Report on horse surra - Volume II, Part II
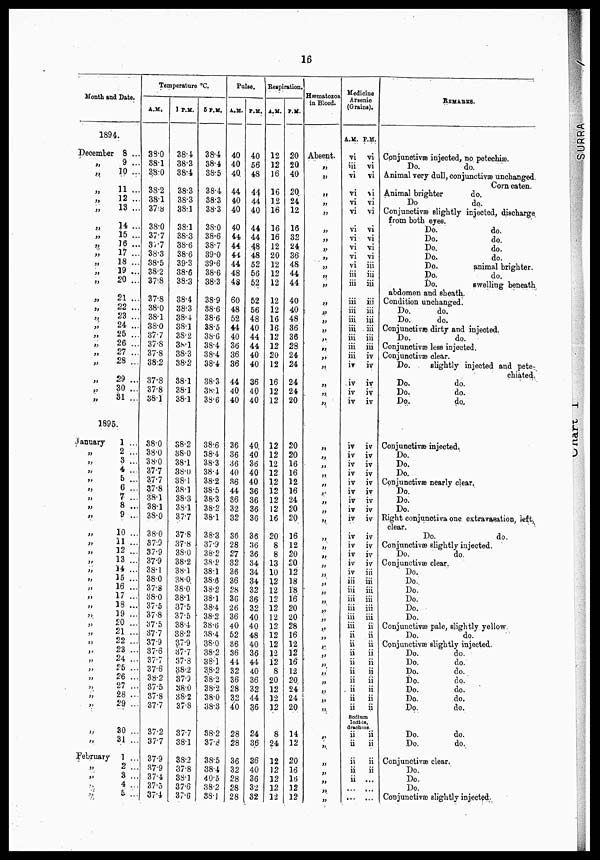
16
Month and Date.
1894.
December
"
"
"
"
"
"
"
"
"
"
"
"
"
"
"
"
"
"
"
"
"
"
"
8 ...
9 ...
10 ...
11 ...
12 ...
18 ...
14 ...
15 ...
16 ...
17 ...
18 ...
19 ...
20 ...
21 ...
22 ...
23 ...
24 ...
25 ...
26 ...
27 ...
28 ...
29 ...
30 ...
81 ...
1895.
January
"
"
"
"
"
"
"
"
"
"
"
"
"
"
"
"
"
"
"
"
"
"
"
"
"
"
"
"
"
"
February
"
"
"
"
1 ...
2 ...
3 ...
4 ...
5 ...
6 ...
7 ...
8 ...
9 ...
10 ...
11 ...
12 ...
13 ...
14 ...
15 ...
16 ...
17 ...
18 ...
19 ..
20 ..
21 ..
22 ..
23 ..
24 ..
25 ..
26 ..
27 ..
28 ..
29 ..
30 ..
31 ..
1 .
2 .
3...
4 .
5.. .
Temperature °C.
A.M.
38.0
88.1
38.0
38.2
38.1
37.8
38.0
37.7
S7.7
38.3
38.5
38.2
37.8
37.8
38.0
38.1
38.0
37.7
37.8
37.8
38.2
37.8
37.8
38.1
38.0
38.0
38.0
37.7
37.7
37.8
38.1
38.1
38.0
38.0
37.9
37.9
37.9
38.1
38.0
37.8
38.0
37.5
37.8
37.5
37.7
37.9
37.6
37.7
37.6
38.2
37.5
37.8
37.7
37.2
37.7
37.9
37.9
37.4
37.5
37.4
1P.M.
38.4
38.3
38.4
38.3
38.3
38.1
38.1
38.3
38.6
38.6
39.3
38.6
38.3
38.4
38.3
38.4
38.1
38.2
38.1
38.3
38.2
38.1
38.1
38.1
38.2
38.0
38.1
38.0
38.1
38.1
38.3
38.1
37.7
37.8
37.8
38.0
38.2
38.1
38.0.
38.0.
38.1
37.5
37.5
38.4
38.2
37.9
37.7
37.8
38.2
37.9
38.0
38.2
37.8
37.7
38.1
38.2
37.8
38.1
37.6
37.6
38.4
38.4
38.5
38.4
38.3
38.3
38.0
38.6
38.7
39.0
39.6
38.6
38.3
38.9
38.6
38.6
38.5
38.6
38.4
38.4
38.4
38.3
38.1
38.6
38.6
38.4
38.3
38.4
38.2
88.5
38.3
38.2
38.1
38.3
37.9
38.2
3S.2
38.1
38.6
38.2
38.1
38.4
38.2
38.6
38.4
38.0
38.2
38.1
38.2
38.2
38.2
38.0
38.3
38.2
37.8
38.5
38.4
40.5
38.2
38.1
Pulse.
A. M.
40
40
40.
44
40
40
40
44
44
44
44
48
48
60
48
52
44
40
36
36
36
44
40
40
36
36
36
40
36
44
36
32
32
36
28
27
32
36
36
28
36
26
36
40
52
86
36
44
32
36
28
32
40
28
28
36
32
28
28
28
P.M.
40
56
48
44
44
40
44
44
48
48
52
56
52
52
56
48
40
44
44
40
40
36
40
40
40,
40
36
40
40
36
36
36
36
36
36
36
34
34
34
32
36
32
40
40
48
40
36
44
40
36
32
44
36
24
36
36
40
36
32
32
Respiration.
A. M.
12
12
16
16
12
16
16
16
12
20
12
12
12
12
12
16
16
12
12
20
12
16
12
12
12
12
12
12
12
12
12
12
16
20
8
8
13
10
12
12
12
12
12
12
12
12
12
12
8
20
12
12
12
8
24
12
12
12
12
12
P.M.
20
20
40
20
24
12
16
32
24
36
48
44
44
40
40
48
36
36
28
24
24
24
24
20
20
20
16
16
12
16
24
20
20
16
12
20
20
12
18
18
16
20
20
28
16
12
12
16
12
20
24
24
20
14
12
20
16
16
12
12
Hæmatozoa
in Blood.
Absent.
"
"
"
"
"
"
"
"
"
"
"
"
"
"
"
"
"
"
"
"
"
"
"
".
".
"
"
"
"
"
"
"
"
"
"
"
"
"
"
"
"
"
"
"
"
"
"
"
"
"
"
"
"
"
"
"
"
"
"
Medicine
Arsenic
(Grains).
A.M.
vi
iii
vi
vi
vi
vi
vi
vi
vi
vi
vi
iii
iii
iii
iii
iii
iii
iii
iii
iii
iv
iv
iv
iv
iv
iv
iv
iv
iv
iv
iv
iv
iv
iv
iv
iv
iv
iv
iii
iii
iii
iii
iii
iii
ii
ii
ii
ii
ii
ii
ii
ii
ii
P.M.
vi
vi
vi
vi
vi
vi
vi
vi
vi
vi
iii
iii
iii
iii
iii
iii
iii
iii
iii
iv
iv
iv
iv
iv
iv
iv
iv
iv
iv
iv
iv
iv
iv
iv
iv
iv
iv
iii
iii
iii
iii
iii
iii
ii
ii
ii
ii
ii
ii
ii
ii
ii
ii
Sodium
Iodide,
drachtos.
ii
ii
ii
ii
ii
,
...
ii
ii
ii
ii
...
...
REMARKS.
Conjunctivæ injected, no. petechia.
Do.
do.
Animal very dull, conjunctivae unchanged.
Corn eaten.
Animal brighter
do.
Do
do.
Conjunctiæ slightly injected, discharge
from both eyes.
Do.
do.
Do.
do.
Do.
do.
Do.
do.
Do.
animal brighter.
Do.
do.
Do.
swelling beneath
abdomen and sheath.
Condition unchanged.
Do.
do.
Do.
do.
Conjunctivæ dirty and injected.
Do.
do.
Conjunctivæ less injected.
Conjunctivæ clear.
Do.
slightly injected and pete-
chiated.
Do.
do.
Do.
do.
Do.
do.
Conjunctivæinjected.
Do.
Do.
Do.
Conjunctivæ nearly clear.
Do.
Do.
Do.
Right conjunctivæ one extravasation, left
clear.
Do.
do.
Conjunctivæ slightly injected.
Do.
do.
Conjunctivæ clear.
Do.
Do.
Do.
Do.
Do.
Do.
Conjunctivæ pale, slightly yellow.
Do.
do.
Conjunctivæ slightly injected.
Do.
do.
Do.
do.
Do.
do.
Dp.
do.
Do.
do.
Do.
do.
Do.
do.
Do.
do.
Do.
do.
Conjunctivæ clear.
Do.
Do.
Do.
Conjunctivæ slightly injected.